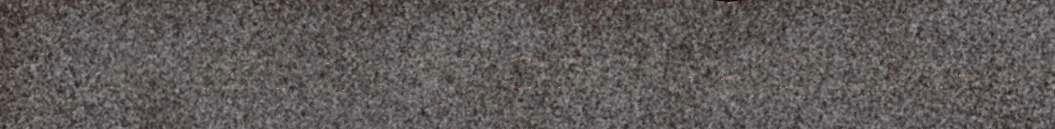
JA IETJÁ VUODO FRIDDJA-JA